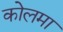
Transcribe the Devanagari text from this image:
कोलमा